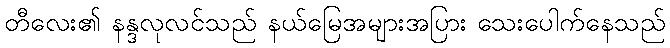
တီလေး၏ နန္ဒလုလင်သည် နယ်မြေအများအပြား သေးပေါက်နေသည်